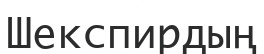
Шекспирдың